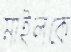
মাইলকে